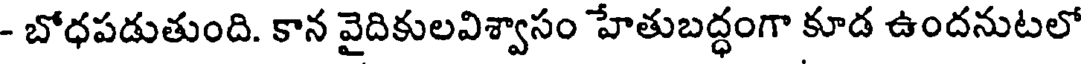
- బోధపడుతుంది. కాన వైదికులవిశ్వాసం హేతుబద్ధంగా కూడ ఉందనుటలో